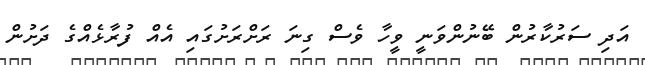
އަދި ސަރުކާރުން ބޭނުންވަނީ ވީހާ ވެސް ގިނަ ރަށްރަށުގައި އެއް ފުރާޅެއްގެ ދަށުން